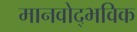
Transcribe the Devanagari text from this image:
मानवोद्भविक